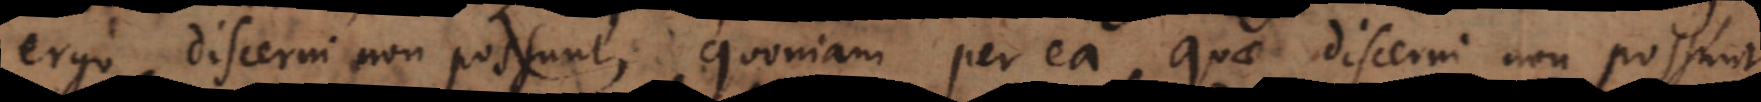
discerni non possunt, quoniam per ea quae discerni non possunt